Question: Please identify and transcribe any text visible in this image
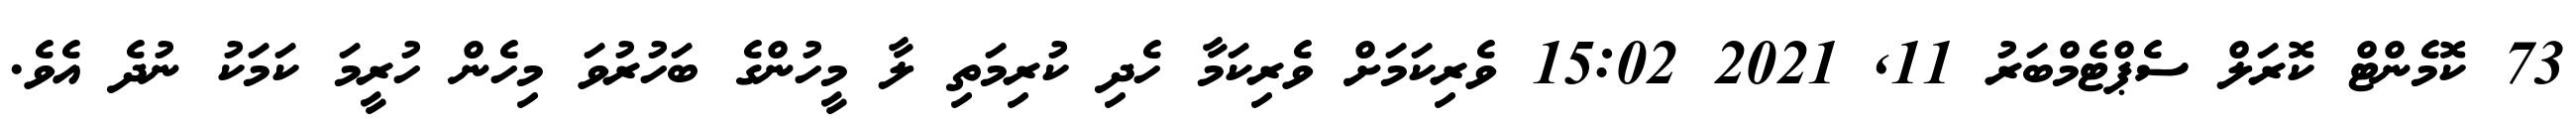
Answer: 73 ކޮމެންޓް ކޮރަލް ސެޕްޓެމްބަރު 11, 2021 15:02 ވެރިކަމަށް ވެރިކަމާ ހެދި ކުރިމަތި ލާ މީހުންގެ ބަހުރުވަ މިހެން ހުރީމަ ކަމަކު ނުދެ އެވެ.